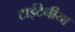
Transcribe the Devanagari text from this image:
टाईटेनीया